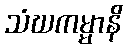
သံဃကမ္မာနိ